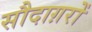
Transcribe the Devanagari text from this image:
सौदाग़रों